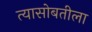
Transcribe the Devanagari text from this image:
त्यासोबतीला